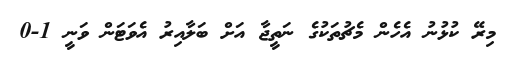
މިރޭ ކުޅުނު އެހެން މެޗުތަކުގެ ނަތީޖާ އަށް ބަލާއިރު އެވަޓަން ވަނީ 1-0